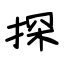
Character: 探